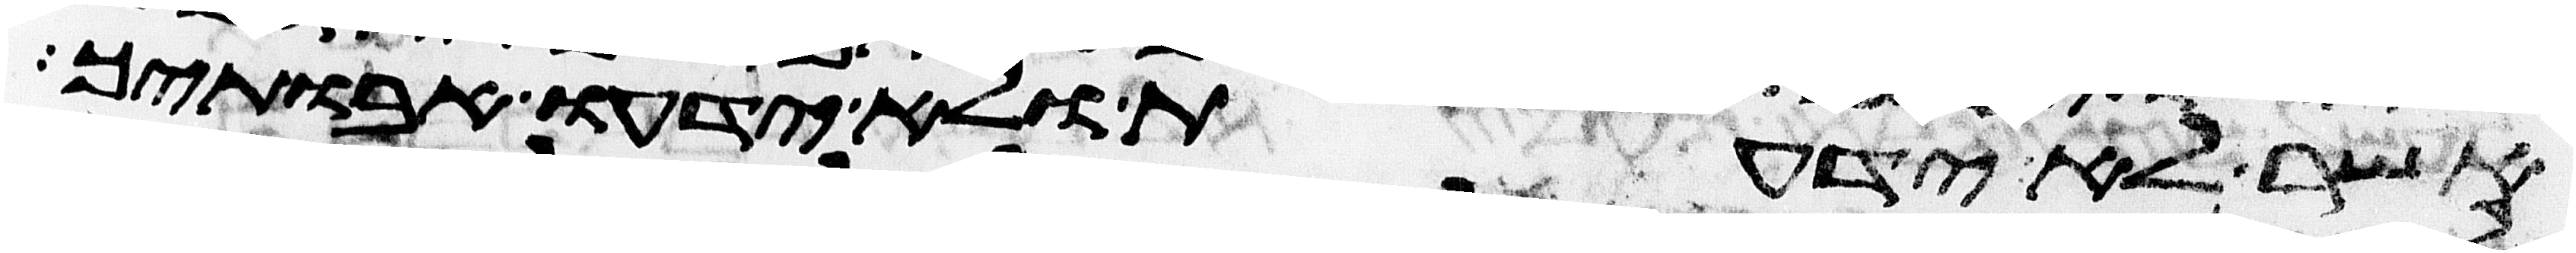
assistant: אשר לא ידעת ולא ידעו אבתיך